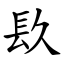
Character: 镹